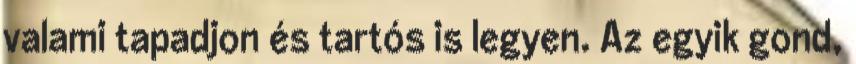
valami tapadjon és tartós is legyen. Az egyik gond,